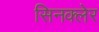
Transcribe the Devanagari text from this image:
सिनक्लेर